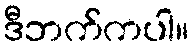
ဒီဘက်ကပါ။